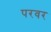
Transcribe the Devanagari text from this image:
परवर